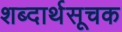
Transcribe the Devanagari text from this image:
शब्दार्थसूचक